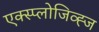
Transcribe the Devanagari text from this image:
एक्स्प्लोजिव्ह्ज